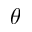
\theta